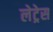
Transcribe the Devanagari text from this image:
लेट्रेस